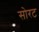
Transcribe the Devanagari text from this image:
सोरट